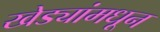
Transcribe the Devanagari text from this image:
खेड्यांमधून